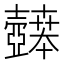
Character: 𫯉